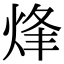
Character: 烽